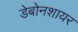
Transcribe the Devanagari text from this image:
डेबोनशायर